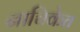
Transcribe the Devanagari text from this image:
नाचिकेत